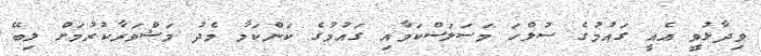
ވިދާޅުވީ އެއީ ގައުމުގެ ސުލްހަ މަސަލަސްކަމާއި ގައުމުގެ ކަންކަމާ މެދު މަޝްވަރާކުރުމަށް ލިބޭ